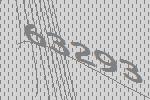
63293